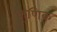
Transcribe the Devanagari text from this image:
कूणिक